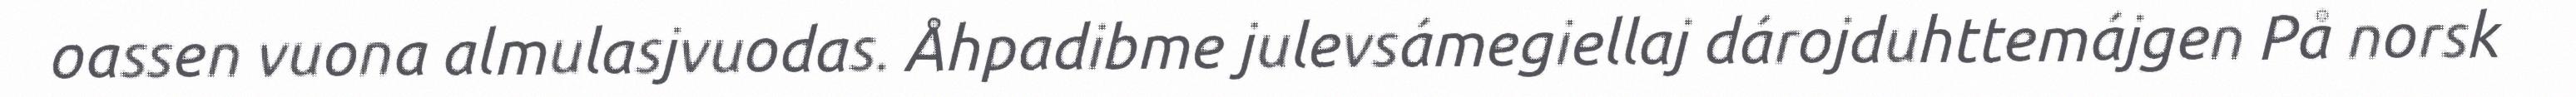
oassen vuona almulasjvuodas. Åhpadibme julevsámegiellaj dárojduhttemájgen På norsk